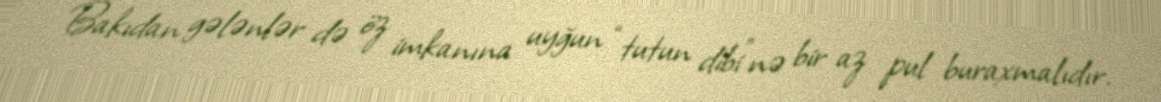
Bakıdan gələnlər də öz imkanına uyğun “tutun dibi”nə bir az pul buraxmalıdır.